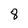
Character: 8